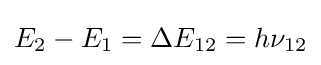
E_{2}-E_{1}=\Delta E_{12}=h\nu _{12}